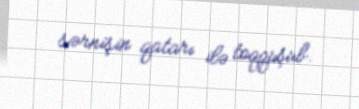
sərnişin qatarı ilə toqquşub.